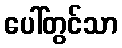
ပေါ်တွင်သာ